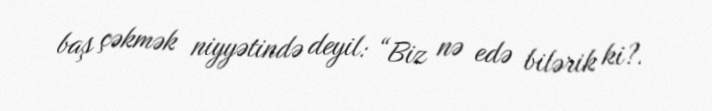
baş çəkmək niyyətində deyil: “Biz nə edə bilərik ki?.